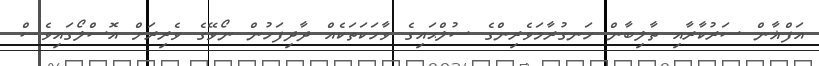
އަފްޣާން ސަރުކާރާއި ތާލިބާން ހަނގުރާމަވެރިންގެ ސުލްޙައިގެ ވާހަކަތަކެއް ދާދިފަހުން ނޯވޭގެ ވެރިރަށް އޮސްލޯގައިވެސް